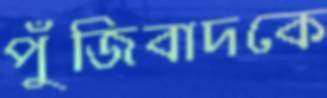
পুঁজিবাদকে